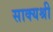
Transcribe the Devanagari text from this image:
साक्यश्री